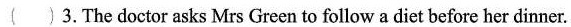
( )3.The doctor asks Mrs Green to follow a diet before her dinner.